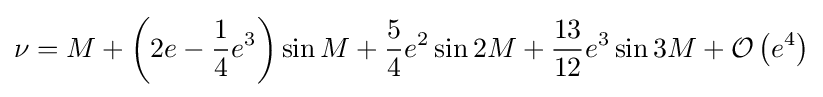
\nu =M+\left(2e-{\frac {1}{4}}e^{3}\right)\sin {M}+{\frac {5}{4}}e^{2}\sin {2M}+{\frac {13}{12}}e^{3}\sin {3M}+\operatorname {\mathcal {O}} \left(e^{4}\right)